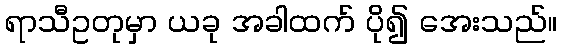
ရာသီဥတုမှာ ယခု အခါထက် ပို၍ အေးသည်။